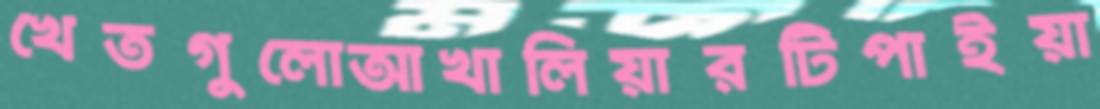
খেতগুলোআখালিয়ারটিপাইয়া